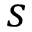
s